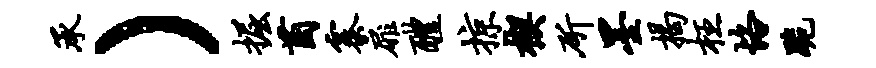
承）掘茵寨扉醴掠楔斫墨揭枉恪跪